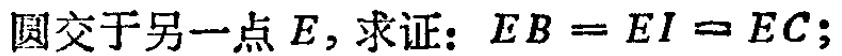
圆交于另一点\(E\)，求证：\(EB = EI = EC\)；